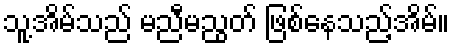
သူ့အိမ်သည် မညီမညွတ် ဖြစ်နေသည့်အိမ်။